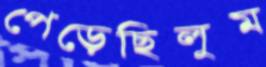
পেড়েছিলুম